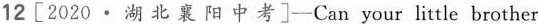
12[2020· 湖 北 襄 阳 中 考]—Can your little brother